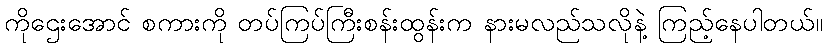
ကိုဌေးအောင် စကားကို တပ်ကြပ်ကြီးစန်းထွန်းက နားမလည်သလိုနဲ့ ကြည့်နေပါတယ်။